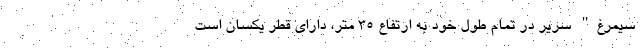
سیمرغ" سریر در تمام طول خود به ارتفاع ۳۵ متر، دارای قطر یکسان است